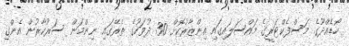
ހޯޑެއްދޫގެ މަސްފެކްޓަރީގެ މައްސަލައިގައި އިންޒާރުކޮށް 30 ދުވަހުގެ ތެރޭގައި ނިންމަން ސަރުކާރުން އެންގި